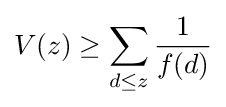
V(z)\geq \sum _{d\leq z}{\frac {1}{f(d)}}